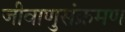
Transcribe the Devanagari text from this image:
जीवाणुसंक्रमण